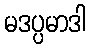
မဒပ္ပမာဒါ